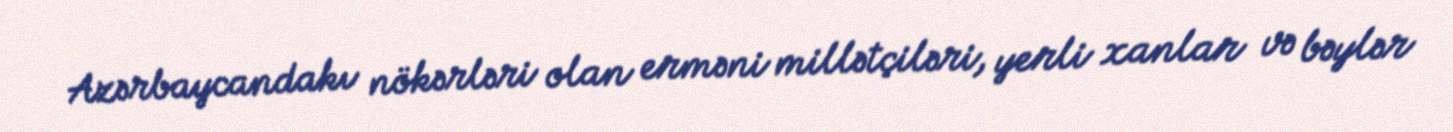
Azərbaycandakı nökərləri olan erməni millətçiləri, yerli xanlar və bəylər